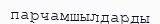
парчамшылдарды